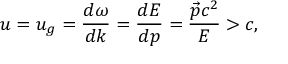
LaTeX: u = u _ { g } = \frac { d \omega } { d k } = \frac { d E } { d p } = \frac { \vec { p } c ^ { 2 } } { E } > c ,